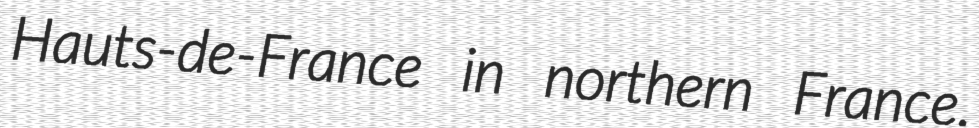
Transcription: Hauts-de-France in northern France.